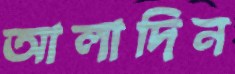
আলাদিন